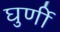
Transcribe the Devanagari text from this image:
घुर्णी